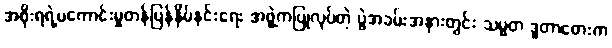
အစိုးရရဲ့မကောင်းမှုတန်ပြန်နှိမ်နင်းရေး အဖွဲ့ကပြုလုပ်တဲ့ ပွဲအခမ်းအနားတွင်း သမ္မတ ဒူတာတေးက